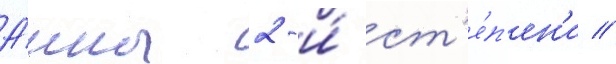
А́нны 2-и́ ст'е́п'ен'и //